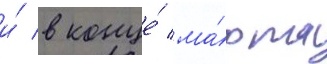
и́ в конце́ ма́рта